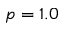
p = 1 . 0